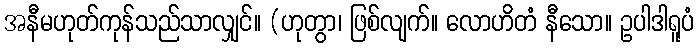
အနီမဟုတ်ကုန်သည်သာလျှင်။ (ဟုတွာ၊ ဖြစ်လျက်။ လောဟိတံ နီသော။ ဥပါဒါရူပံ